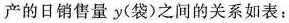
产的日销售量y(袋)之间的关系如表：